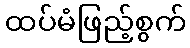
ထပ်မံဖြည့်စွက်